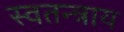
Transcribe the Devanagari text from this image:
स्वतन्त्राय